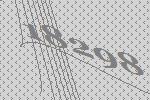
18298